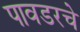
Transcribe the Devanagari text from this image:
पावडरचे